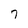
Character: 7